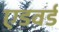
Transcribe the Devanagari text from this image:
एडवर्ड